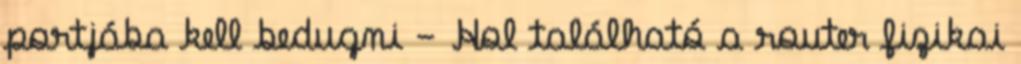
portjába kell bedugni - Hol található a router fizikai